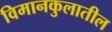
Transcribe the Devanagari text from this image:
विमानकुलातील